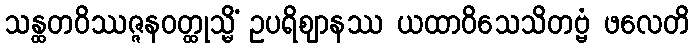
သန္ထတဝိဿဇ္ဇနဝတ္ထုသ္မိံ ဥပရိဈာနဿ ယထာဝိသေသိတဗ္ဗံ ဖလေတိ